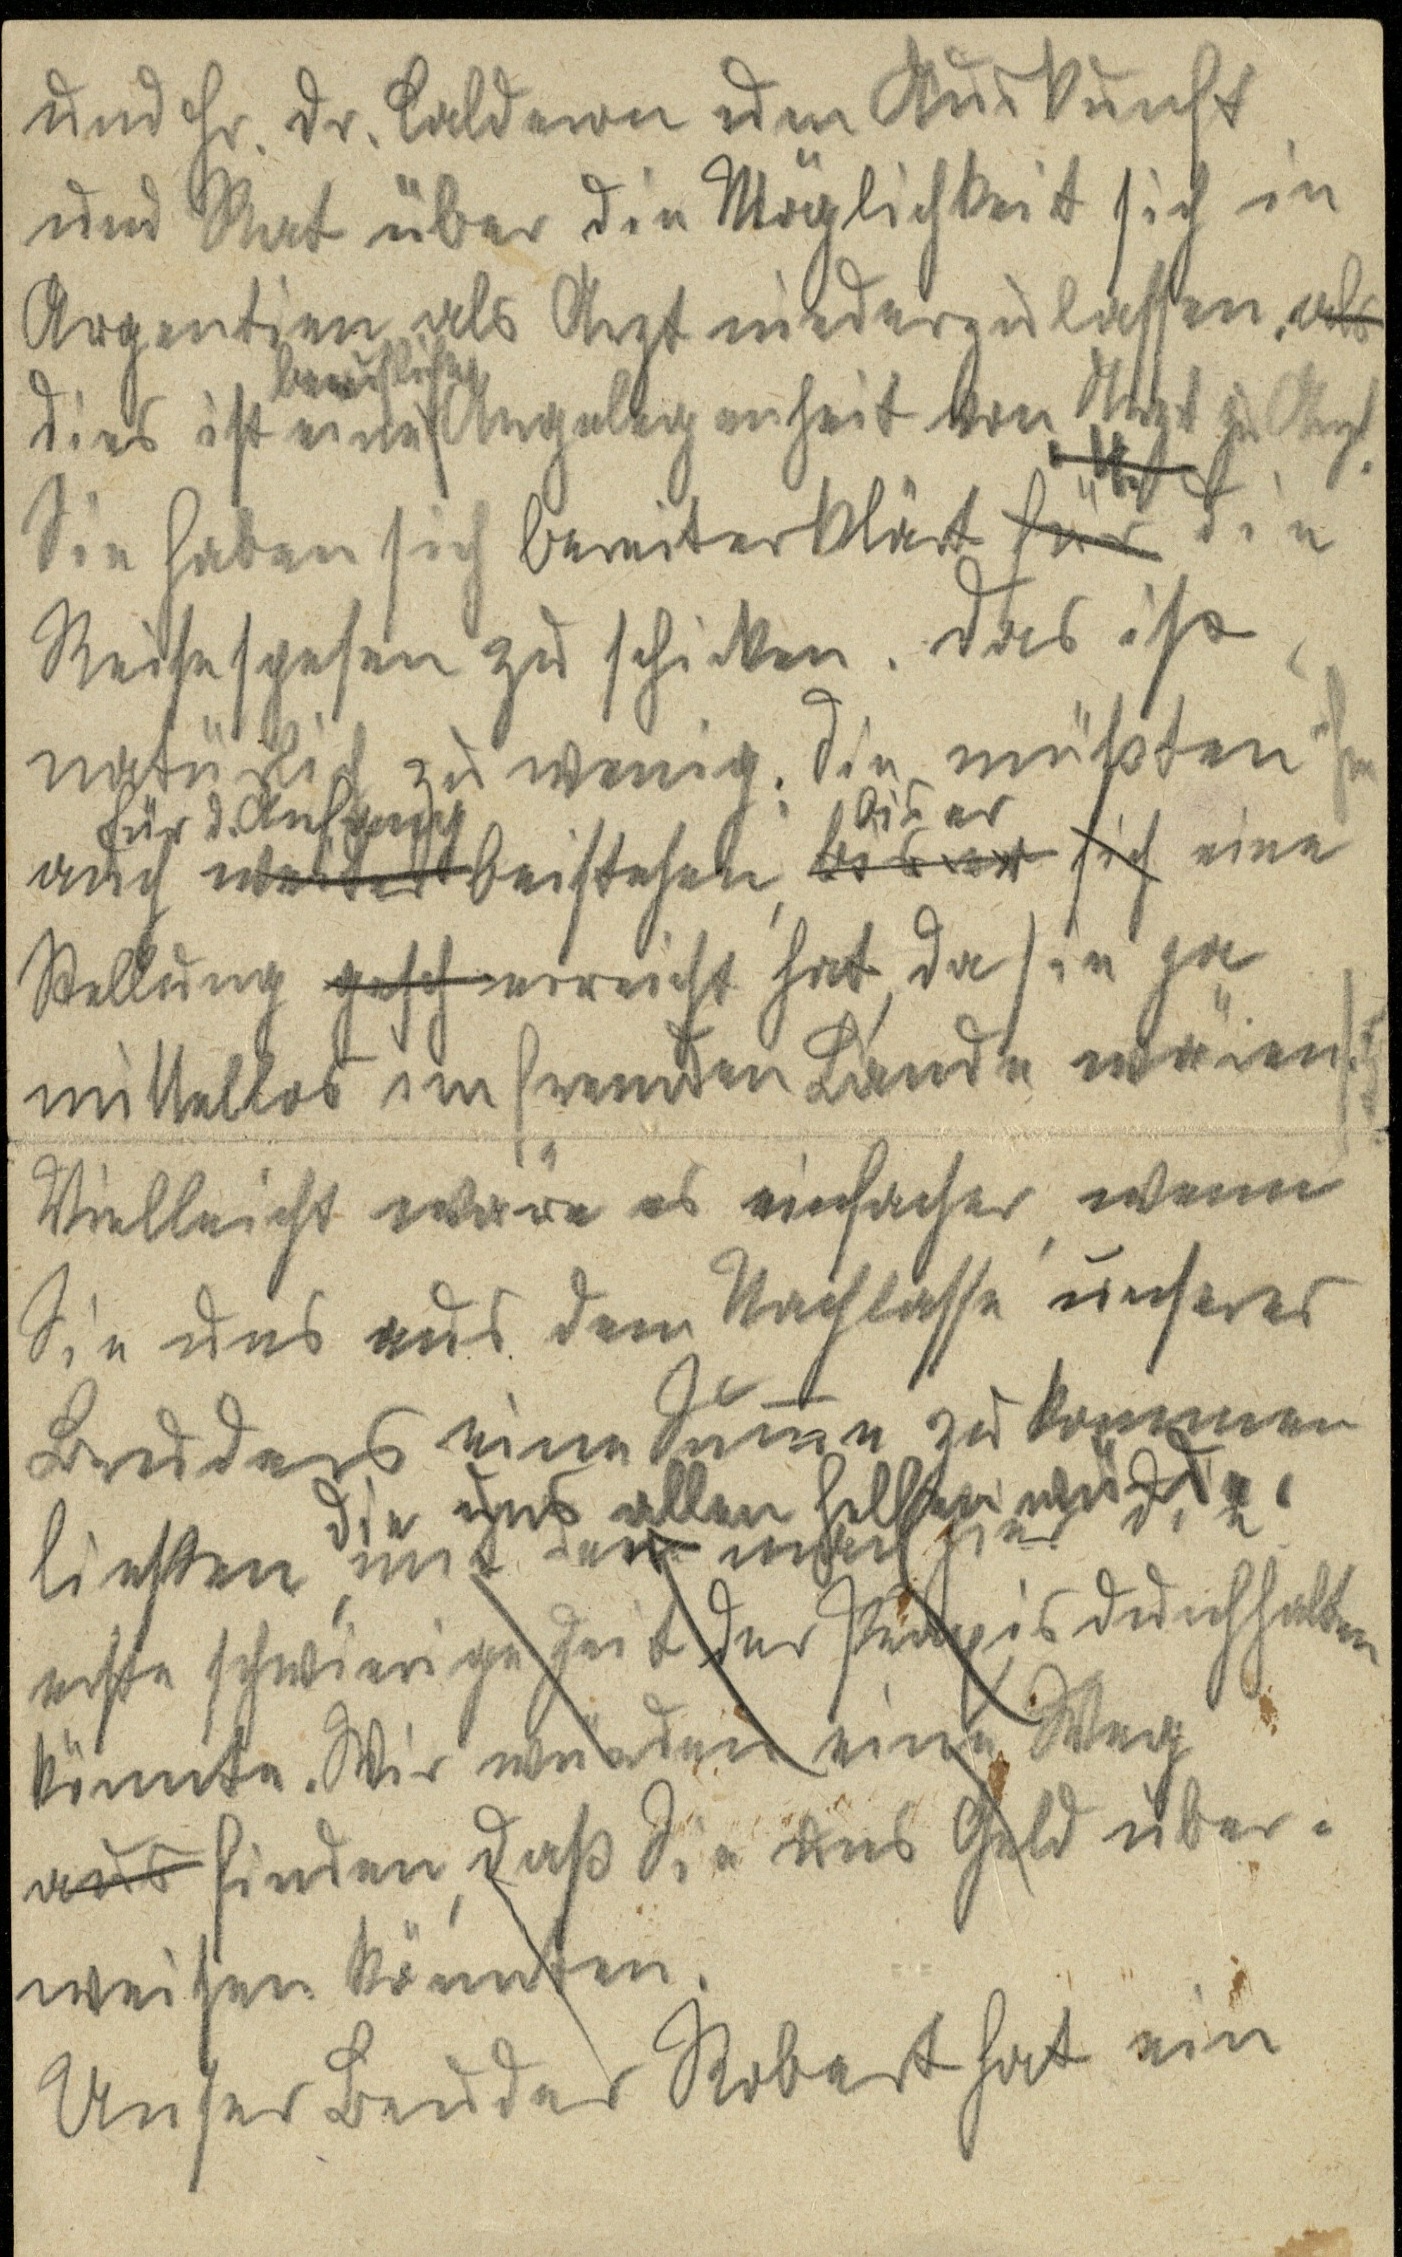
und Hr. Dr. Calderon um Auskunft
und Rat über die Möglichkeit sich in
Argentinien als Arzt niederzulassen. Als
Dies ist eine berufliche Angelegenheit von Arzt zu Arzt.
Sie haben sich bereiterklärt für die
Reisespesen zu schicken. Das ist
natürlich zu wenig. Die müssten ihm
auch für d. Anfang weiter beistehen, bis er bis er sich eine
Stellung gesch erreicht hat, da sie ja
mittelos im fremden Lande wären.
Vielleicht wäre es einfacher, wenn
Sie uns aus dem Nachlasse unseres
Bruders eine Summe zukommen
liesen,
die uns allen helfen würde,
mit der man hier die
erste schwierige Zeit der Praxis durchhalten
könnte. Wir würden eine Weg
aus finden, dass Sie uns Geld über¬
weisen könnten.
Unser Bruder Robert hat ein